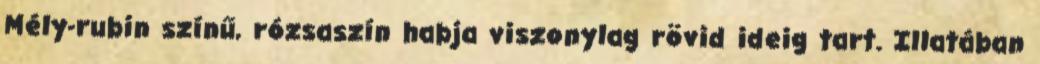
Mély-rubin színű, rózsaszín habja viszonylag rövid ideig tart. Illatában